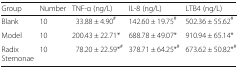
<table><thead><tr><td><b>Group</b></td><td><b>Number</b></td><td><b>TNF-α (ng/L)</b></td><td><b>IL-8 (ng/L)</b></td><td><b>LTB4 (ng/L)</b></td></tr></thead><tbody><tr><td>Blank</td><td>10</td><td>33.88 ± 4.90<sup>#</sup></td><td>142.60 ± 19.75<sup>#</sup></td><td>502.36 ± 55.62<sup>#</sup></td></tr><tr><td>Model</td><td>10</td><td>200.43 ± 22.71*</td><td>688.78 ± 49.07*</td><td>910.94 ± 65.14*</td></tr><tr><td>Radix Stemonae</td><td>10</td><td>78.20 ± 22.59*<sup>#</sup></td><td>378.71 ± 64.25*<sup>#</sup></td><td>673.62 ± 50.82*<sup>#</sup></td></tr></tbody></table>